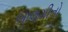
બાલગીતો